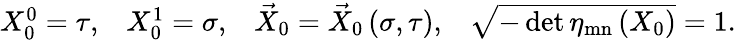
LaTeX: \begin{array}{cccc}{{X_{0}^{0}=\tau,}}&{{X_{0}^{1}=\sigma,}}&{{\vec{X}_{0}=\vec{X}_{0}\left(\sigma,\tau\right),}}&{{\sqrt{-\operatorname*{det}\eta_{\mathrm{mn}}\left(X_{0}\right)}=1.}}\end{array}